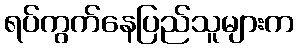
ရပ်ကွက်နေပြည်သူများက